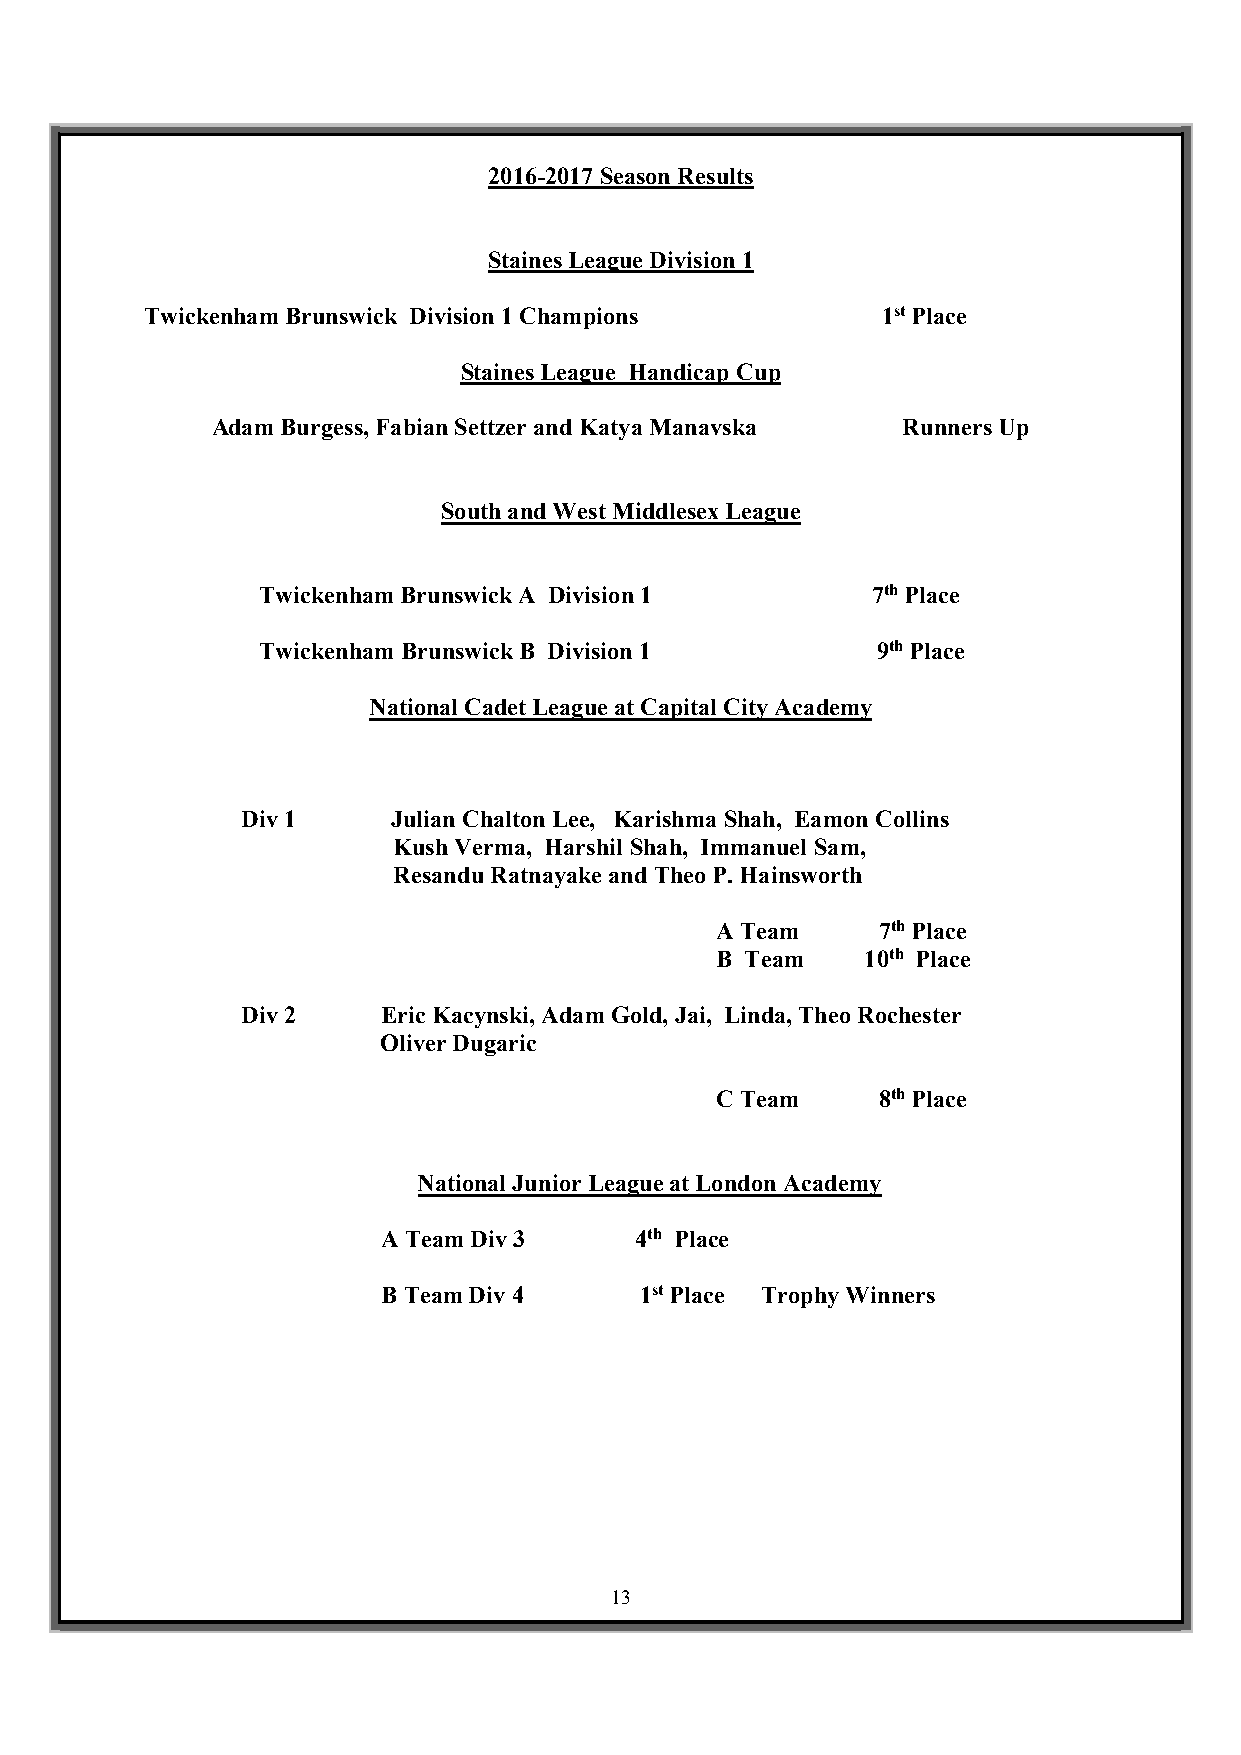
2016-2017 Season Results
 Staines League Division 1
 Twickenham Brunswick Division 1 Champions       1st Place
 Staines League Handicap Cup
 Adam Burgess, Fabian Settzer and Katya Manavska Runners Up
 South and West Middlesex League
 Twickenham Brunswick A Division 1        7th Place
 Twickenham Brunswick B Division 1        9th Place
 National Cadet League at Capital City Academy
 Div 1     Julian Chalton Lee, Karishma Shah, Eamon Collins
 Kush Verma, Harshil Shah, Immanuel Sam,
 Resandu Ratnayake and Theo P. Hainsworth
 A Team     7th Place
 B Team    10th Place
 Div 2    Eric Kacynski, Adam Gold, Jai, Linda, Theo Rochester
 Oliver Dugaric
 C Team     8th Place
 National Junior League at London Academy
 A Team Div 3     4th Place
 B Team Div 4     1st Place Trophy Winners
 13